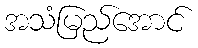
အသံမြည်အောင်